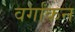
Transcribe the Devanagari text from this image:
वर्गांकन